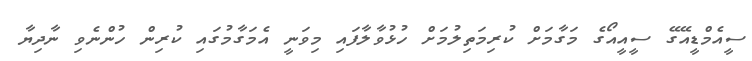
ސީއެމްޑީއޭގޭ ސީއީއޯގެ މަގާމަށް ކުރިމަތިލުމަށް ހުޅުވާލާފައި މިވަނީ އެމަގާމުގައި ކުރިން ހުންނެވި ނާދިޔާ